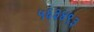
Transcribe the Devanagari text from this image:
५६३४९३